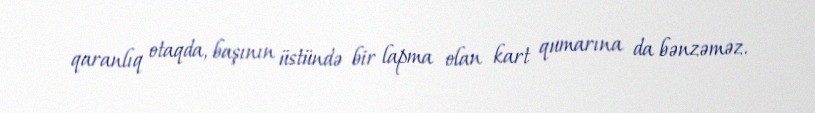
qaranlıq otaqda, başının üstündə bir lapma olan kart qumarına da bənzəməz.